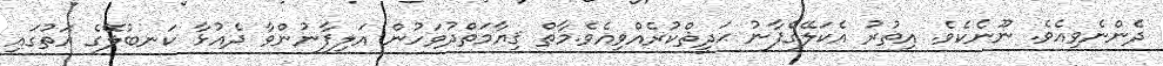
ދެންނެވިއެވެ. ނޫނެކެވެ. އިތުރު އެކަލޭގެފާނު ޙަދީޘްކުރެއްވިއެވެ.މާތް ޤިޔާމަތްދުވަހުން އަލިފާނުންވާ ދެއުޅާ ކަނބުލޭގެ އަތުގައި